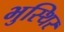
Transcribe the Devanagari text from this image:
भुस्थिर